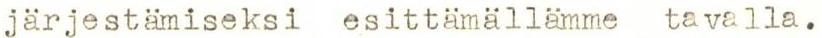
järjestämiseksi esittämällämme tavalla.